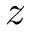
z